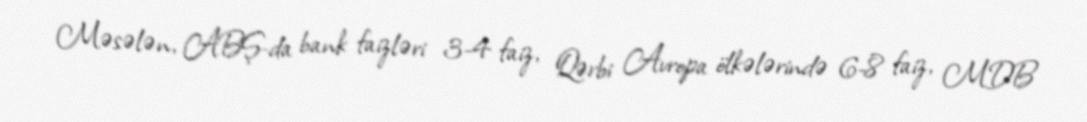
Məsələn, ABŞ-da bank faizləri 3-4 faiz, Qərbi Avropa ölkələrində 6-8 faiz, MDB